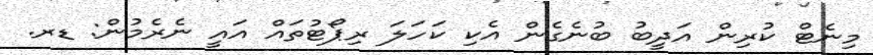
މިނެޓް ކުރިން އަދީބު ބުނެގެން އެކި ކަހަލަ ރިޕޯޓުތައް އައީ ނެރެމުން: ޑރ.